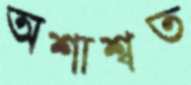
অশাশ্বত